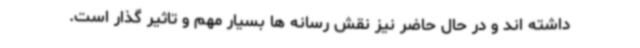
داشته اند و در حال حاضر نیز نقش رسانه ها بسیار مهم و تاثیر گذار است.